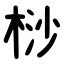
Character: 桫